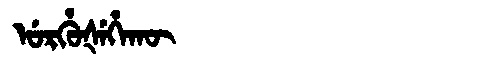
Manchu: ᡠᡵᡥᡠᡧᡝᡥᠠᡴᡡ
Romanization: URHUŠEHAKŪ